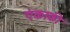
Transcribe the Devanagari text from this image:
एंकाकी